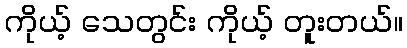
ကိုယ့် သေတွင်း ကိုယ့် တူးတယ်။